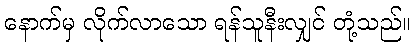
နောက်မှ လိုက်လာသော ရန်သူနီးလျှင် တုံ့သည်။